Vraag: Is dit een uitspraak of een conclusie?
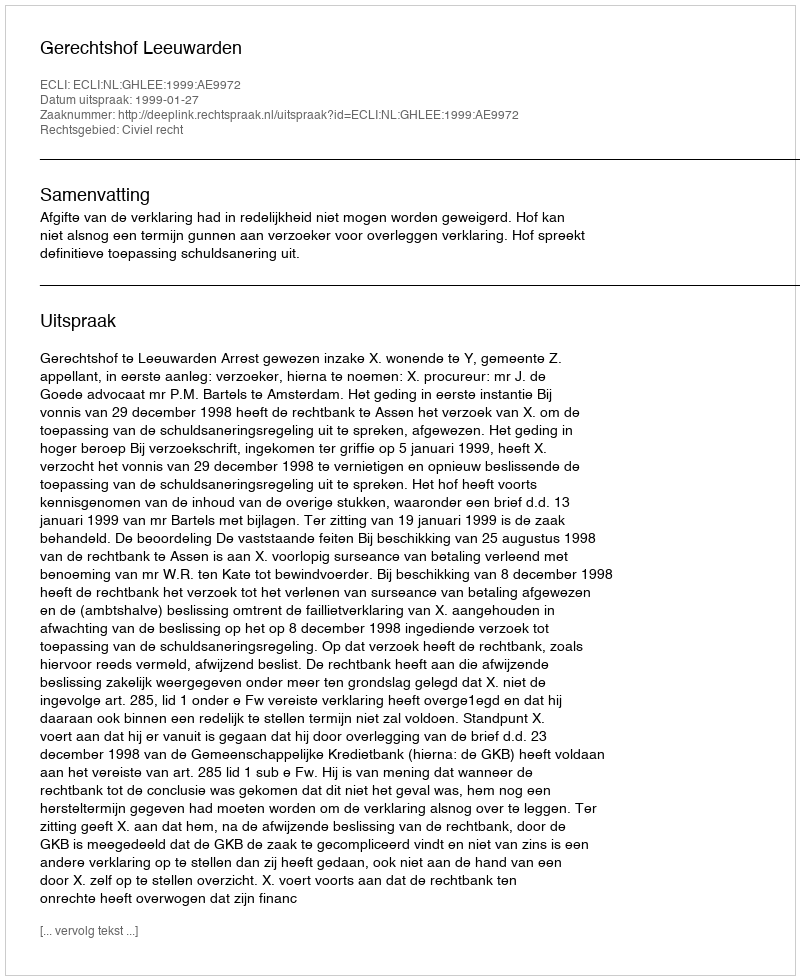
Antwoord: Uitspraak